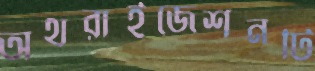
অথরাইজেশনটি